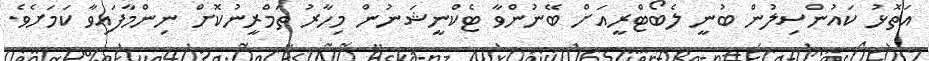
އަތޮޅު ކައުންސިލުން ބުނީ ލެބޯޓްރީއަށް ބޭނުންވާ ޓެކްނީޝަނުން މިހާރު ތަމްރީނުކޮށް ނިންމާފައިވާ ކަަމަށެވެ.